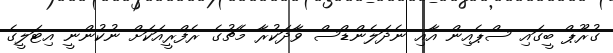
ގުރޫޕް ބީގައި ސްޕެއިން އާއި ނެދަލެންޑްސް ވާދަކުރާ މެޗުގެ ރެފްރީއަކަށް ނުކުންނީ އިޓަލީގެ